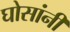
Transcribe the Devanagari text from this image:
घोसांनी